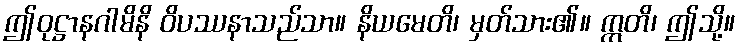
ဤဝုဋ္ဌာနဂါမိနိ ဝိပဿနာသည်သာ။ နိယမေတိ၊ မှတ်သား၏။ ဣတိ၊ ဤသို့။